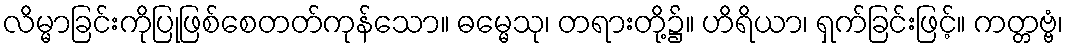
လိမ္မာခြင်းကိုပြုဖြစ်စေတတ်ကုန်သော။ ဓမ္မေသု၊ တရားတို့၌။ ဟိရိယာ၊ ရှက်ခြင်းဖြင့်။ ကတ္တဗ္ဗံ၊